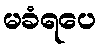
မခံရပေ